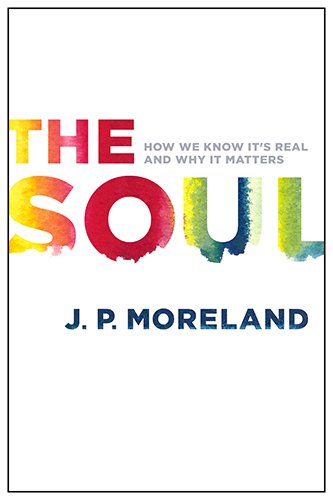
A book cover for The Soul: How We Know It's Real and Why It Matters; J. P. Moreland; Christian Books & Bibles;